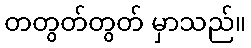
တတွတ်တွတ် မှာသည်။